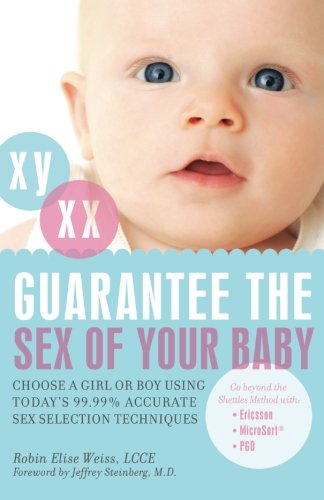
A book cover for Guarantee the Sex of Your Baby: Choose a Girl or Boy Using TodayEEs 99.9% Accurate Sex Selection Techniques; Robin Elise Weiss; Parenting & Relationships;